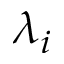
\lambda _ { i }